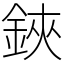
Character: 鋏